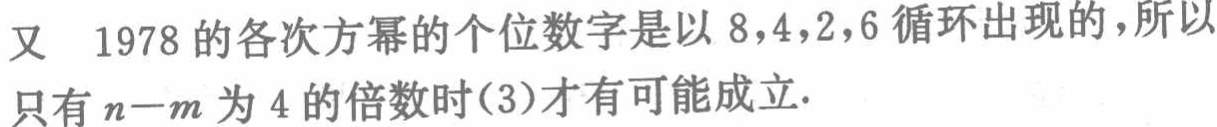
又 \(1978\) 的各次方幂的个位数字是以 \(8,4,2,6\) 循环出现的，所以只有 \(n - m\) 为 \(4\) 的倍数时(3)才有可能成立.